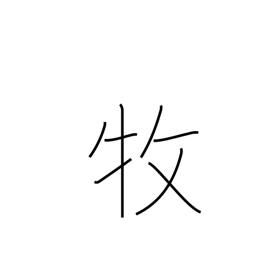
Meaning: care for